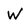
Character: W